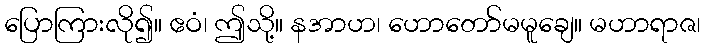
ပြောကြားလို၍။ ဧဝံ၊ ဤသို့။ နအာဟ၊ ဟောတော်မမူချေ။ မဟာရာဇ၊